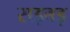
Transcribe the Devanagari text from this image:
सड़बड़